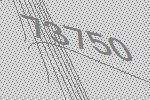
73750